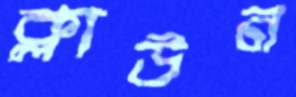
ক্লাউন